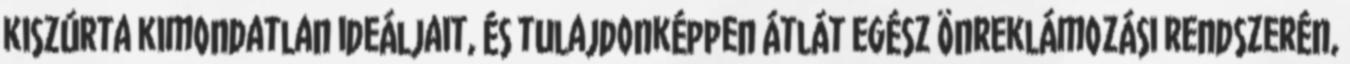
kiszúrta kimondatlan ideáljait, és tulajdonképpen átlát egész önreklámozási rendszerén,